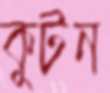
কুটন